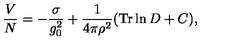
\frac { V } { N } = - \frac { \sigma } { g _ { 0 } ^ { 2 } } + \frac { 1 } { 4 \pi \rho ^ { 2 } } ( \mathrm { T r } \ln D + C ) ,